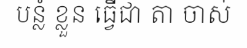
បន្លំ ខ្លួន ធ្វើជា តា ចាស់